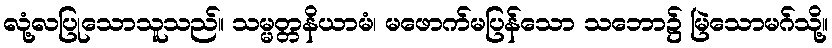
လုံ့လပြုသောသူသည်။ သမ္မတ္တနိယာမံ၊ မဖောက်မပြန်သော သဘော၌ မြဲသောမဂ်သို့။